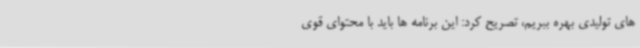
های تولیدی بهره ببریم، تصریح کرد: این برنامه ها باید با محتوای قوی